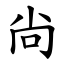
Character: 尙